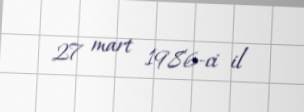
27 mart 1986-ci il